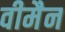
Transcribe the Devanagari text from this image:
वीमैन